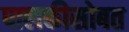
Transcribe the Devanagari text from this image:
पालकीसोबत